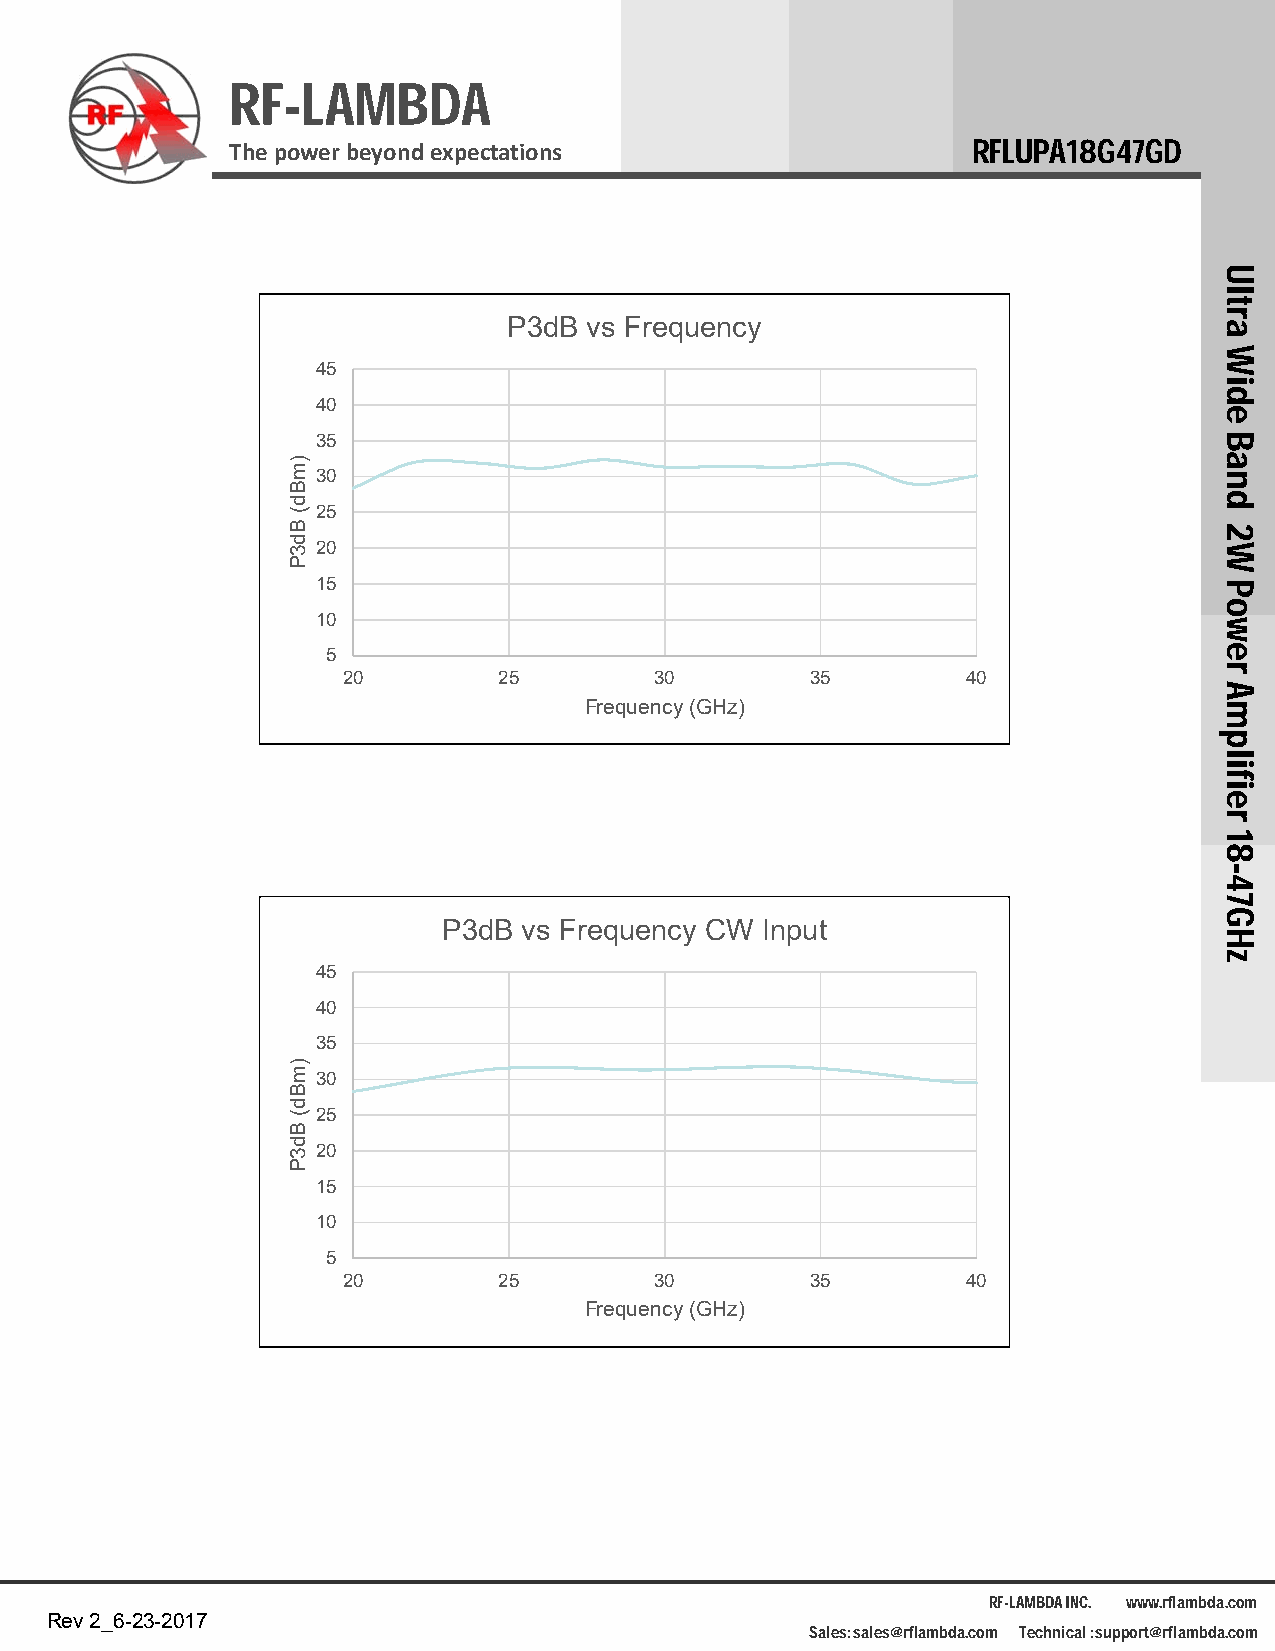
RF-LAMBDA
 The power beyond expectations                    RFLUPA18G47GD
 P3dB vs Frequency
 45
 40
 35
 30
 25
 20
 15
 10
 5
 20        25        30         35        40
 Frequency (GHz)
 P3dB  vs Frequency CW Input
 45
 40
 35
 30
 25
 20
 15
 10
 5
 20        25        30         35        40
 Frequency (GHz)
 RF-LAMBDA INC. www.rflambda.com
 Rev 2_6-23-2017
 Sales: sales@rflambda.com Technical : support@rflambda.com
 )mBd(
 Bd3P
 )mBd(
 Bd3P
 Ultra
 Wide
 Band
 2W
 Power
 Amplifier
 18-47GHz